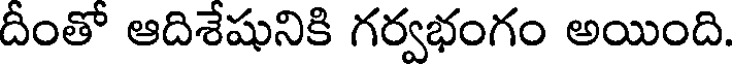
దీంతో ఆదిశేషునికి గర్వభంగం అయింది.